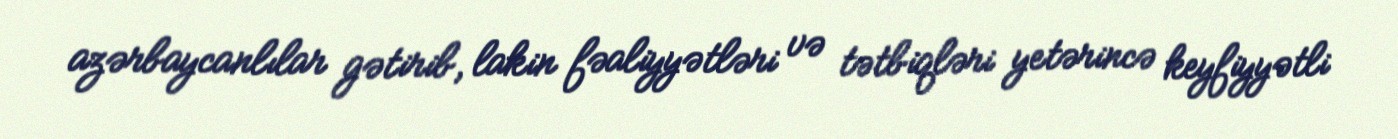
azərbaycanlılar gətirib, lakin fəaliyyətləri və tətbiqləri yetərincə keyfiyyətli